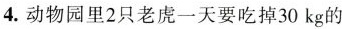
4.动物园里2只老虎一天要吃掉30kg的